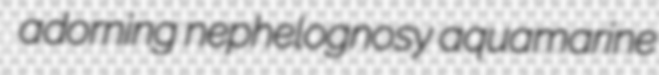
adorning nephelognosy aquamarine